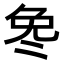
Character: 𫥎